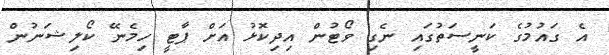
އެ ގައުމުގެ ކަނީސަތުގައި ނެގި ވޯޓުން އިދިކޮޅު އަށް ޕާޓީ ހިމެނޭ ކޯލިޝަނުން